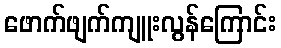
ဖောက်ဖျက်ကျူးလွန်ကြောင်း